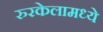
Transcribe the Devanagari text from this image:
रुरकेलामध्ये